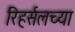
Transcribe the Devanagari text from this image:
रिहर्सलच्या